Papers set at the Examination for Leaving Certificates, 1892
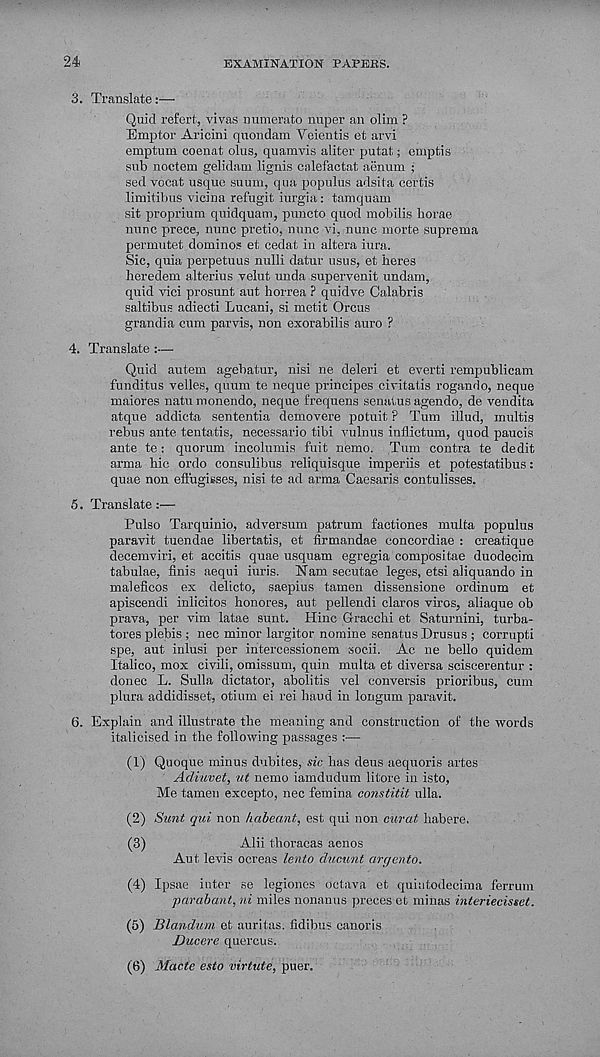
24
EXAMINATION PAPERS.
3. Translate:—
Quid refert, vivas numerato nuper an olim ?
Emptor Aricini quondam Veientis et arvi
emptum coenat olus, quamvis aliter putat; emptis
sub noctena gelidam lignis calefactat aiinum ;
sed vocat usque suum, qua populus adsita certis
limitibus vicina refugit iurgia: tamquam
sit proprium quidquam, puncto quod mobilis horae
nunc prece, nunc pretiq, nunc vi, nunc morte suprema
permutet dominos et cedat in altera iura.
Sic, quia perpetuus nulli datur usus, et heres
heredem alterius velut unda supervenit undam,
quid vici prosunt aut horrea ? quidve Calabris
saltibus adiecti Lucani, si metit Orcus
grandia cum parvis, non exorabilis auro ?
4. Translate :—
Quid autem agebatur, nisi ne deleri et everti rempublicam
funditus velles, quum te neque principes civitatis rogando, neque
maiores natu monendo, neque frequens senatus agendo, de vendita
atque addicta sententia demovere potuit ? Turn illud, inultis
rebus ante tentatis, necessario tibi vulnus inflictum, quod paucis
ante te: quorum incolumis fuit nemo. Turn contra te dedit
arma hie ordo consulibus reliquisque imperiis et potestatibus:
quae non efl’ugisses, nisi te ad arma Caesaris contulisses.
5. Translate :—
Pulso Tarquinio, adversum patrum factiones multa populus
paravit tuendae libertatis, et firmandae concordiae : creatique
decemviri, et accitis quae usquam egregia compositae duodecim
tabulae, finis aequi iuris. Nam secutae leges, etsi aliquando in
maleficos ex delicto, saepius tamen dissensione ordinum et
apiscendi inlicitos honores, aut pellendi claros viros, aliaque ob
prava, per vim latae sunt. Hinc Gracchi et Saturnini, turba-
tores plebis ; nec minor largitor nomine senatus Drusus ; corrupt!
spe, aut inlusi per intercessionem socii. Ac ne bello quidem
Italico, mox civili, omissum, quin multa et diversa sciscerentur :
donee L. Sulla dictator, abolitis vel conversis prioribus, cum
plura addidisset, otium ei rei hand in longum paravit.
6. Explain and illustrate the meaning and construction of the words
italicised in the following passages :—
(1) Quoque minus dubites, sic has deus aequoris artes
Adiuvet, ut nemo iamdudum litore in isto,
Me tamen excepto, nec femina constitit ulla.
(2) Sunt qui non habeant, est qui non curat habere,
(3)
Alii thoracas acnos
Aut levis ocreas lento ducunt argento.
(4) Ipsae inter se legiones oetava et quiutodecima ferrum
parabant, ni miles nonanus preces et minas interiecisset.
(5) Blandum et auritas. fidihus canoris
Ducere quercus.
(6) Made esto virtute, puer.